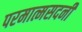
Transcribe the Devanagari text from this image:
परमात्मसदनी